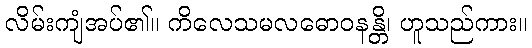
လိမ်းကျံအပ်၏။ ကိလေသမလဓောဝနန္တိ၊ ဟူသည်ကား။